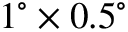
1 ^ { \circ } \times 0 . 5 ^ { \circ }